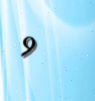
9